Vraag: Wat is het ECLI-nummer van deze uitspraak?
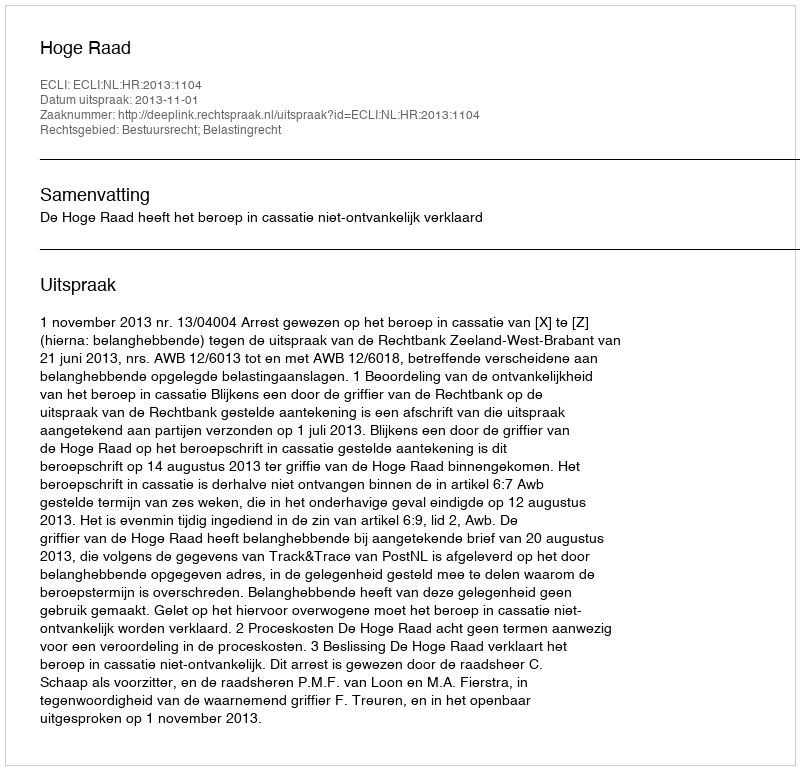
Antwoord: ECLI:NL:HR:2013:1104